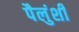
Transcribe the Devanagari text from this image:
पैलुंशी